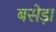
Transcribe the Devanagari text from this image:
बसेड़ा